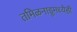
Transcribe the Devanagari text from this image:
तमिळनाडूमध्येही